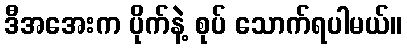
ဒီအအေးက ပိုက်နဲ့ စုပ် သောက်ရပါမယ်။